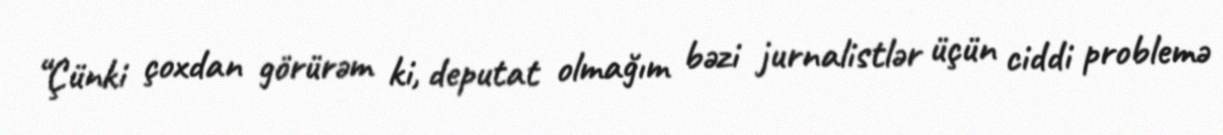
“Çünki çoxdan görürəm ki, deputat olmağım bəzi jurnalistlər üçün ciddi problemə